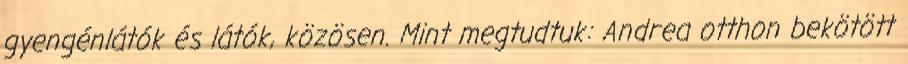
gyengénlátók és látók, közösen. Mint megtudtuk: Andrea otthon bekötött